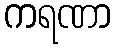
ကရဏာ